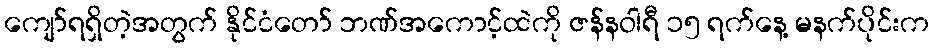
ကျော်ရရှိတဲ့အတွက် နိုင်ငံတော် ဘဏ်အကောင့်ထဲကို ဇန်နဝါရီ ၁၅ ရက်နေ့ မနက်ပိုင်းက